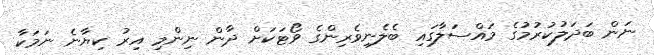
ނަން ބަދަލުކުރުމުގެ މައްސަލާގައި ބެލެނިވެރިންގެ ވޯޓަކަށް ދާން ނިންމި އިރު ކިޔާނެ ނަމަކާ